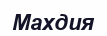
Махдия